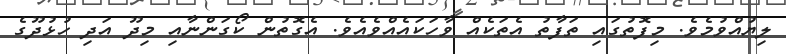
ލިޔުއްވުމެވެ. މިފޮތުގައި ތަފާތު އެތަކެއް ވާހަކައެއްވެއެވެ. އެގޮތުން ކޯގަންނާއި މިދޫ އަދި ހުޅުދޫގެ